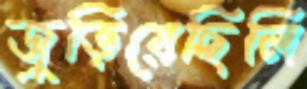
জুড়িয়েছিলি